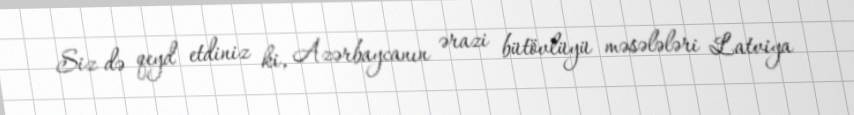
Siz də qeyd etdiniz ki, Azərbaycanın ərazi bütövlüyü məsələləri Latviya